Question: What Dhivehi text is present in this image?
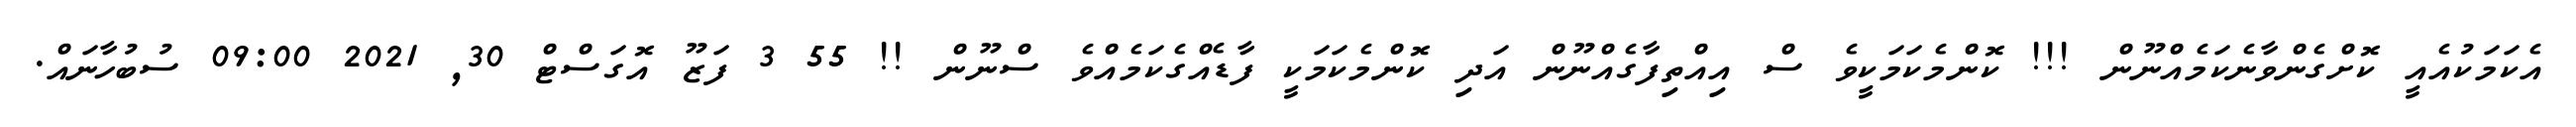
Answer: އެކަމަކުއެއީ ކޮށްގެންވާނެކަމެއްނޫން !!! ކޮންމެކަމަކީވެ ސް އިއްތިފާގެއްނޫން އަދި ކޮންމެކަމަކީ ފާޑެއްގެކަމެއްވެ ސްނޫން !! 55 3 ފަޒޫ އޮގަސްޓް 30, 2021 09:00 ސުބުހާނައް.